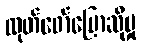
ထုတ်ဖော်ပြောဆိုမှု